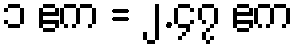
၁ ဧက = ၂.၄၇ ဧက